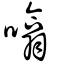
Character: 噏